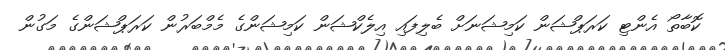
ކޮބާތޯ އެންޓި ކަރަޕްޝަން ކަމިޝަނަށް ބެލިފައި އިލެކްޝަން ކަމިޝަންގެ މެމްބަރުން ކަރަޕްޝަންގެ މަގުން